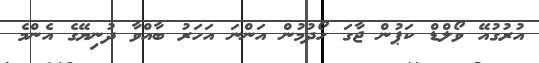
އުރުގުއޭ ވޯލްޑް ކަޕުން ޖާގަ ހޯދުމުން އަންނަ އަހަރު ބާއްވާ ދުނިޔޭގެ އެންމެ